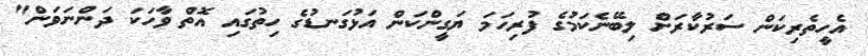
އެހީތެރިކަން ސަރުކާރަށް ލިބޭނެކަމުގެ ފުރިހަމަ ޔަގީންކަން އަޅުގަނޑުގެ ހިތުގައި އޮތް ވާހަކަ ދަންނަވަން"